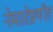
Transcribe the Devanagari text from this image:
नेमाडेप्रणीत